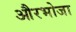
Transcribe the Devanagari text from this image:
औरभोजा